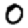
Digit: 0